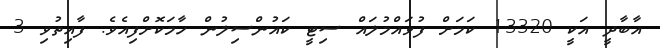
އާބާދީ އަކީ 13320 ކަމަށް ފުވައްމުލައް ސިޓީ ކައުންސިލުން ހާމަކޮށްފިއެވެ. ފާއިތުވި 3